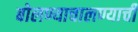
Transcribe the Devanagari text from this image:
बोलण्याचालण्याची